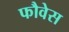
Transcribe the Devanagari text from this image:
फौवेस